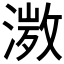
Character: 𭱾